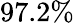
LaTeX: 97.2\%